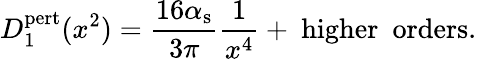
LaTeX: D_{1}^{\mathrm{pert}}(x^{2})={\frac{16\alpha_{\mathrm{s}}}{3\pi}}{\frac{1}{x^{4}}}+~\mathrm{higher~~orders}.